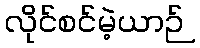
လိုင်စင်မဲ့ယာဉ်